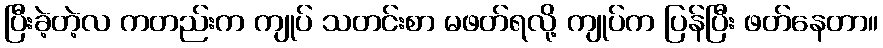
ပြီးခဲ့တဲ့လ ကတည်းက ကျုပ် သတင်းစာ မဖတ်ရလို့ ကျုပ်က ပြန်ပြီး ဖတ်နေတာ။